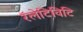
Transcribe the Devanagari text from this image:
रॅलेटिविटि